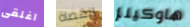
اغلقى القضاة هاوكينز